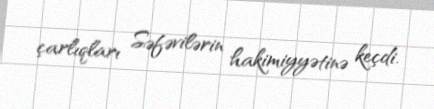
çarlıqları Səfəvilərin hakimiyyətinə keçdi.